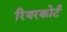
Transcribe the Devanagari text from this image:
रियरकोर्ट